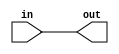
module voltage_level_shifter (
    input wire in,
    output wire out
);

// Logic to detect input voltage level and translate it to appropriate output voltage level
assign out = in;

endmodule